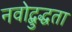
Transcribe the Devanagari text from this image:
नवोद्बुद्धता